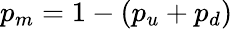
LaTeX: p_{m}=1-(p_{u}+p_{d})